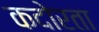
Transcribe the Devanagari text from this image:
कदोरता